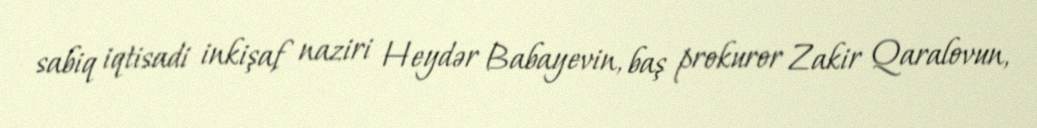
sabiq iqtisadi inkişaf naziri Heydər Babayevin, baş prokuror Zakir Qaralovun,